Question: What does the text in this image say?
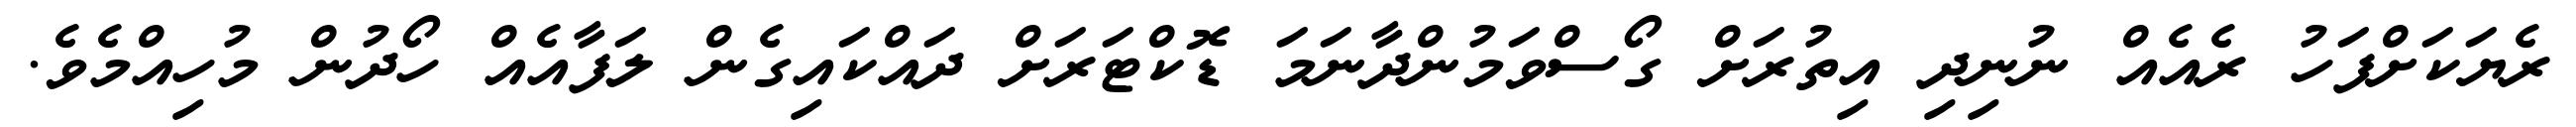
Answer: ރެޔަކަށްފަހު ރެއެއް ނުނިދި އިތުރަށް ގޯސްވަމުންދާނަމަ ޑޮކްޓަރަށް ދައްކައިގެން ލަފާއެއް ހޯދުން މުހިއްމެވެ.